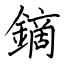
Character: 鏑